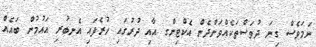
ނަމަވެސް ގިނަ ދުވަސްތަކެއްވަންދެން އެކްޓިންގ އާއި ދުރުގައި ހުރެފައި އެނބުރި އައުމުން ބައެއް